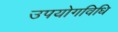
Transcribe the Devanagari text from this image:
उपयोगविधि